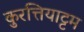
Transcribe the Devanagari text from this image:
कुरत्तियाट्टम